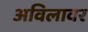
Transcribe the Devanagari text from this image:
अविलावर